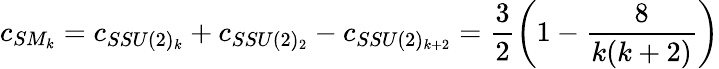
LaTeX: c_{SM_{k}}=c_{SSU(2)_{k}}+c_{SSU(2)_{2}}-c_{SSU(2)_{k+2}}=\frac{3}{2}\left(1-\frac{8}{k(k+2)}\right)